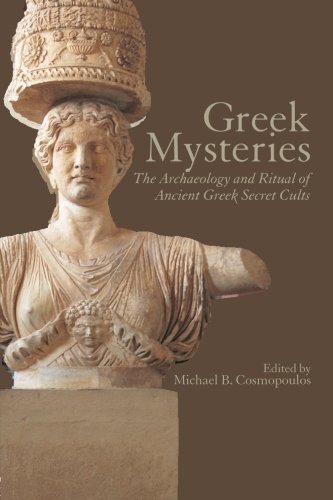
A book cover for Greek Mysteries: The Archaeology of Ancient Greek Secret Cults; Religion & Spirituality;